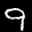
Label: 9